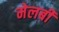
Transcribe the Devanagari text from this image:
मेलबी